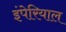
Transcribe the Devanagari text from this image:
इंपेरियाल